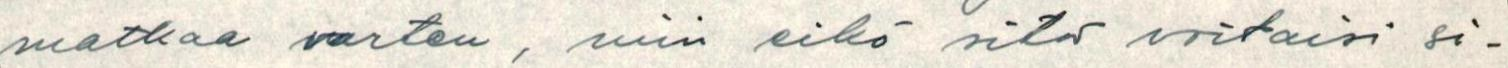
matkaa varten, niin eikö sitä voitaisi si-